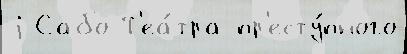
j Сабо Т'еа́тра пр'есту́пного